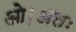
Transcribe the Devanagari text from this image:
ओ।अतः